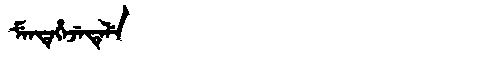
Manchu: ᠮᡝᠨᡨᡝᡥᡝᠵᡝᡨᡝᠯᡝ
Romanization: MENTEHEJETELE